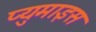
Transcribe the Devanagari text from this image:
प्युमाइस